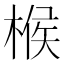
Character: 㮢